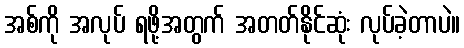
အစ်ကို အလုပ် ရဖို့အတွက် အတတ်နိုင်ဆုံး လုပ်ခဲ့တာပဲ။